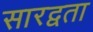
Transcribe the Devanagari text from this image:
सारद्वता